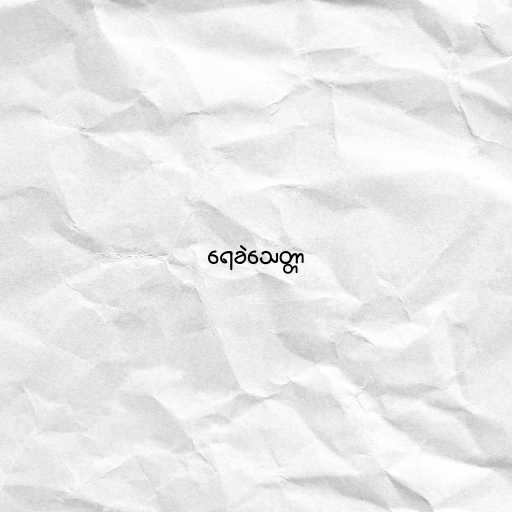
ရေခဲသေတ္တာ